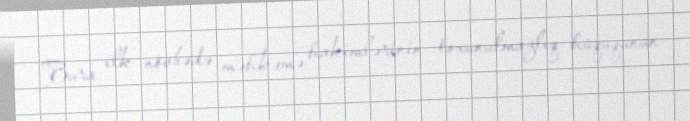
Bura ilk növbədə məhkəmə hakimlərinin toxunulmazlıq hüququnun